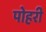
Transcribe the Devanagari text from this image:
पोहरी